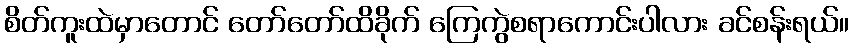
စိတ်ကူးထဲမှာတောင် တော်တော်ထိခိုက် ကြေကွဲစရာကောင်းပါလား ခင်စန်းရယ်။